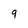
Character: 9